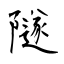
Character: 隧